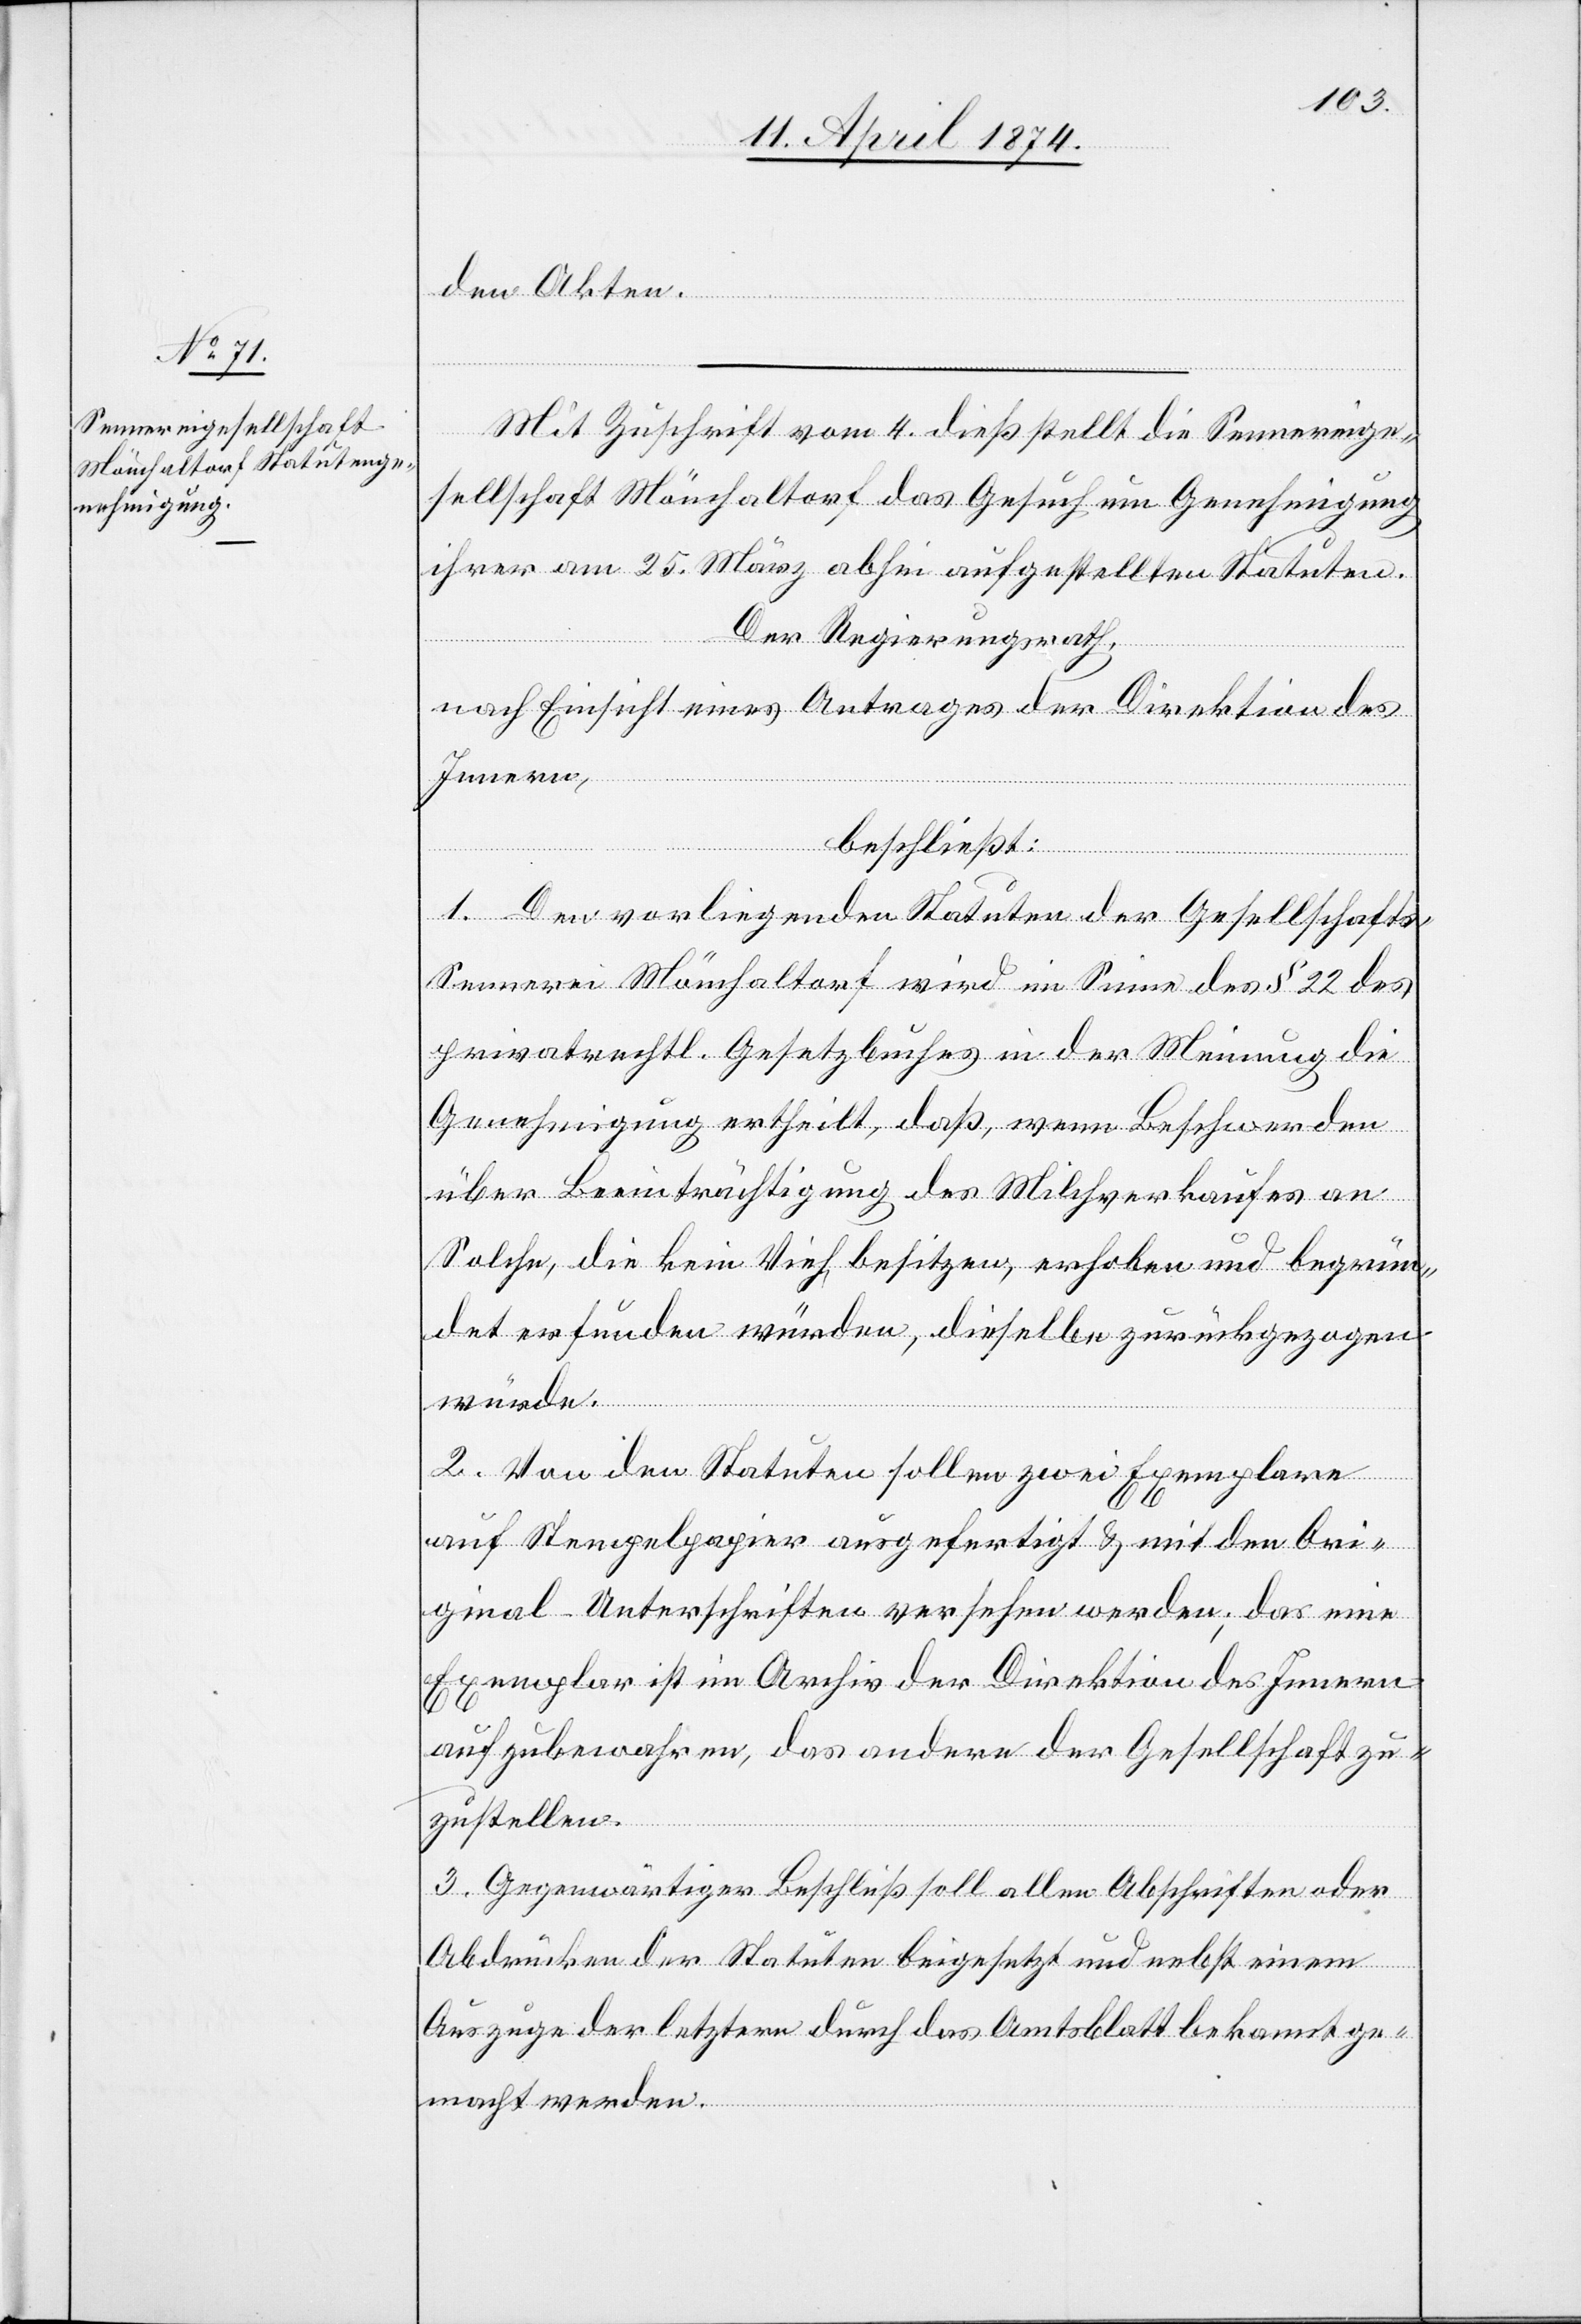
den Akten.
Mit Zuschrift vom 4. dieß stellt die Sennereige¬
sellschaft Mönchaltorf das Gesuch um Genehmigung
ihrer am 25. März abhin aufgestellten Statuten.
Der Regierungsrath,
nach Einsicht eines Antrages der Direktion des
Innern,
beschließt:
1. Den vorliegenden Statuten der Gesellschaft¬
s-Sennerei Mönchaltorf wird im Sinne des § 22 des
privatrechtl. Gesetzbuches in der Meinung die
Genehmigung ertheilt, daß, wenn Beschwerden
über Beeinträchtigung des Milchverkaufes an
Solche, die kein Vieh besitzen, erhoben und begrün¬
det erfunden würden, dieselbe zurückgezogen
würde.
2. Von den Statuten sollen zwei Exemplare
auf Stempelpapier ausgefertigt u. mit den Ori¬
ginal-Unterschriften versehen werden; das eine
Exemplar ist im Archiv der Direktion des Innern
aufzubewahren, das andere der Gesellschaft zu¬
zustellen.
3. Gegenwärtiger Beschluß soll allen Abschriften oder
Abdrucken der Statuten beigesetzt und nebst einem
Auszuge der letztern durch das Amtsblatt bekannt ge¬
macht werden.